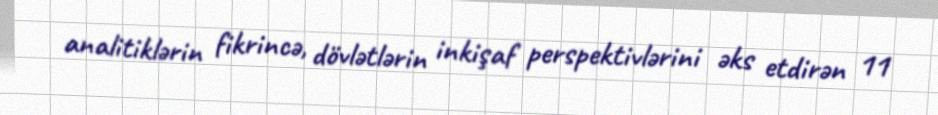
analitiklərin fikrincə, dövlətlərin inkişaf perspektivlərini əks etdirən 11